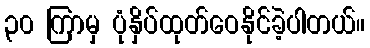
၃၀ ကြာမှ ပုံနှိပ်ထုတ်ဝေနိုင်ခဲ့ပါတယ်။